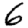
Digit: 6